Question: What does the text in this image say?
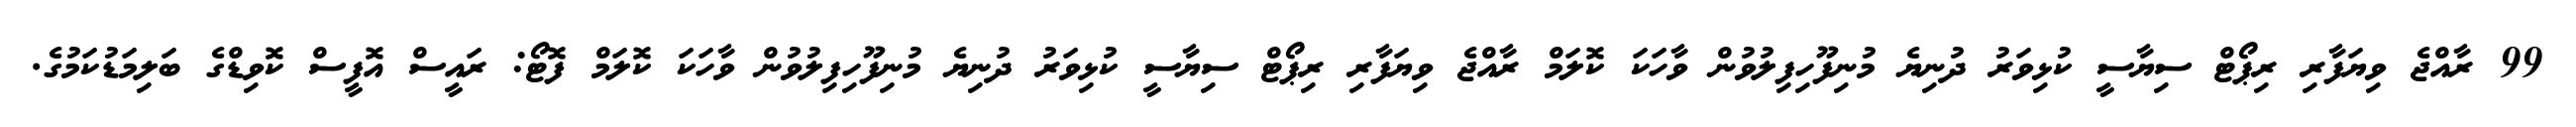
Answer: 99 ރާއްޖެ ވިޔަފާރި ރިޕޯޓް ސިޔާސީ ކުޅިވަރު ދުނިޔެ މުނިފޫހިފިލުވުން ވާހަކަ ކޮލަމް ރާއްޖެ ވިޔަފާރި ރިޕޯޓް ސިޔާސީ ކުޅިވަރު ދުނިޔެ މުނިފޫހިފިލުވުން ވާހަކަ ކޮލަމް ފޮޓޯ: ރައީސް އޮފީސް ކޮވިޑްގެ ބަލިމަޑުކަމުގެ.